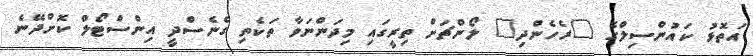
އަތޮޅު ކައުންސިލްގެ "ރެހެންދި" ލޯންޗަށް ތިރީގައި މިދަންނަވާ ތަކެތި ގެނެސްދީ އިންސްޓޯލް ކޮށްދޭނެ